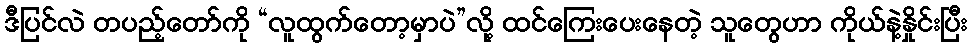
ဒီပြင်လဲ တပည့်တော်ကို “လူထွက်တော့မှာပဲ”လို့ ထင်ကြေးပေးနေတဲ့ သူတွေဟာ ကိုယ်နဲ့နှိုင်းပြီး